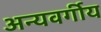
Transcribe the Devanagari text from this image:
अन्यवर्गीय